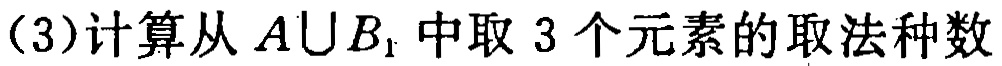
(3)计算从 \(A\cup B_{1}\) 中取 3 个元素的取法种数